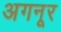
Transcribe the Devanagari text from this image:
अगनूर